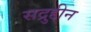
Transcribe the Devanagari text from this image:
सद्रुद्दीन